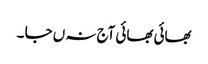
بھائی بھائی آج نہ ں جا ۔